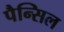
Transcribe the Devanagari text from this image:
पैन्सिल